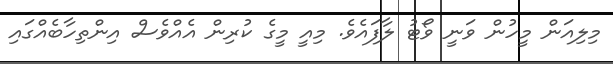
މިލިއަން މީހުން ވަނީ ވޯޓު ލާފައެވެ. މިއީ މީގެ ކުރިން އެއްވެސް އިންތިހާބެއްގައި